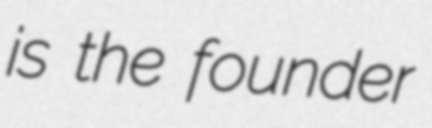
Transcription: is the founder